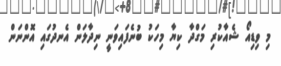
މި ވިޑިއޯ ޝެއާކުރި މަގްދާ ކިޔާ މިހަކު ބުނެފައިވަނީ ނިދާލަން އެނދުގައި އޮންނަން